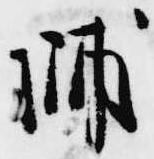
帥